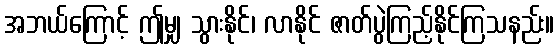
အဘယ်ကြောင့် ဤမျှ သွားနိုင်၊ လာနိုင် ဇာတ်ပွဲကြည့်နိုင်ကြသနည်း။